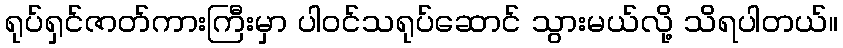
ရုပ်ရှင်ဇာတ်ကားကြီးမှာ ပါဝင်သရုပ်ဆောင် သွားမယ်လို့ သိရပါတယ်။